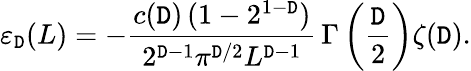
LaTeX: \varepsilon_{\mathtt{D}}(L)=-\frac{{c(\mathtt{D})\, (1-2^{1-\mathtt{D}})}}{{2^{\mathtt{D}-1}\pi^{\mathtt{D}/2}L^{\mathtt{D}-1}}}\, \Gamma\left(\frac{{\mathtt{D}}}{{2}}\right)\zeta(\mathtt{D}).